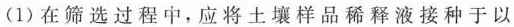
(1)在筛选过程中，应将土壤样品稀释液接种于以